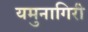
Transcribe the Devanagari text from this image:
यमुनागिरी